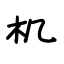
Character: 机